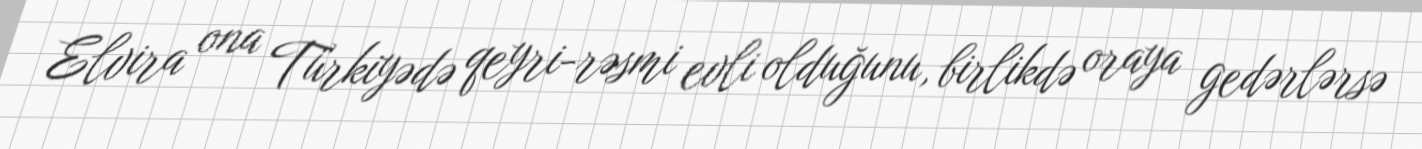
Elvira ona Türkiyədə qeyri-rəsmi evli olduğunu, birlikdə oraya gedərlərsə